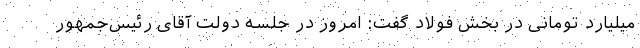
میلیارد تومانی در بخش فولاد گفت: امروز در جلسه دولت آقای رئیس‌جمهور